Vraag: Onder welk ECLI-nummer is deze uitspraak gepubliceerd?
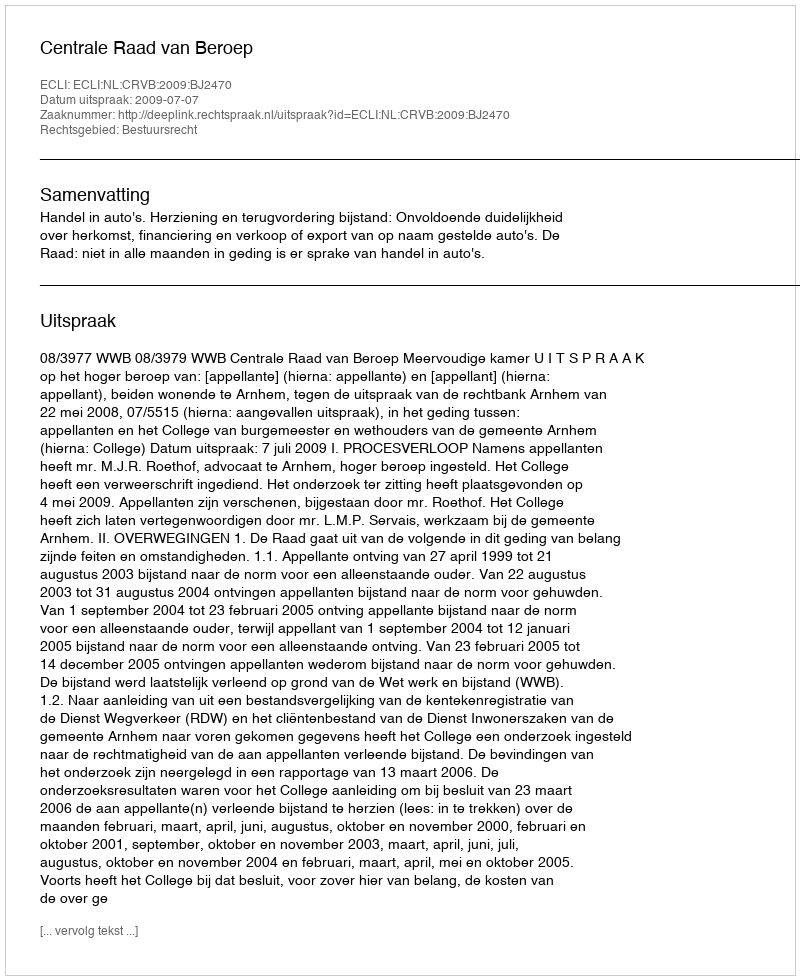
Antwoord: ECLI:NL:CRVB:2009:BJ2470